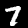
Digit: 7